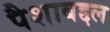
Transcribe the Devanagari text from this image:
पैशाबद्दल